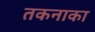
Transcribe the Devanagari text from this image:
तकनाका